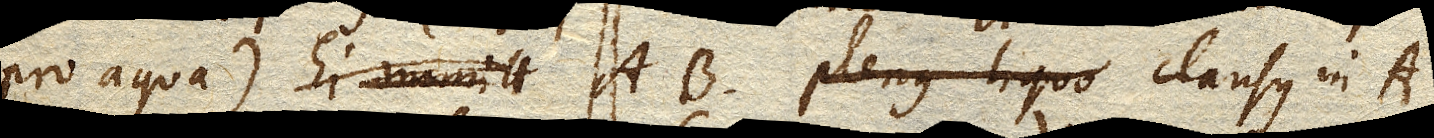
pro aqua) AB. plenus liquo clausus in A.